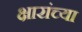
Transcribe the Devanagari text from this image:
क्षारांच्या